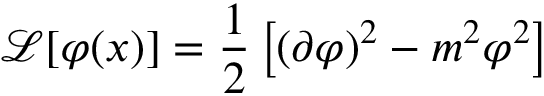
{ \mathcal { L } } [ \varphi ( x ) ] = { \frac { 1 } { 2 } } \left[ \left( \partial \varphi \right) ^ { 2 } - m ^ { 2 } \varphi ^ { 2 } \right]